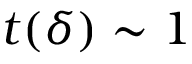
t ( \delta ) \sim 1